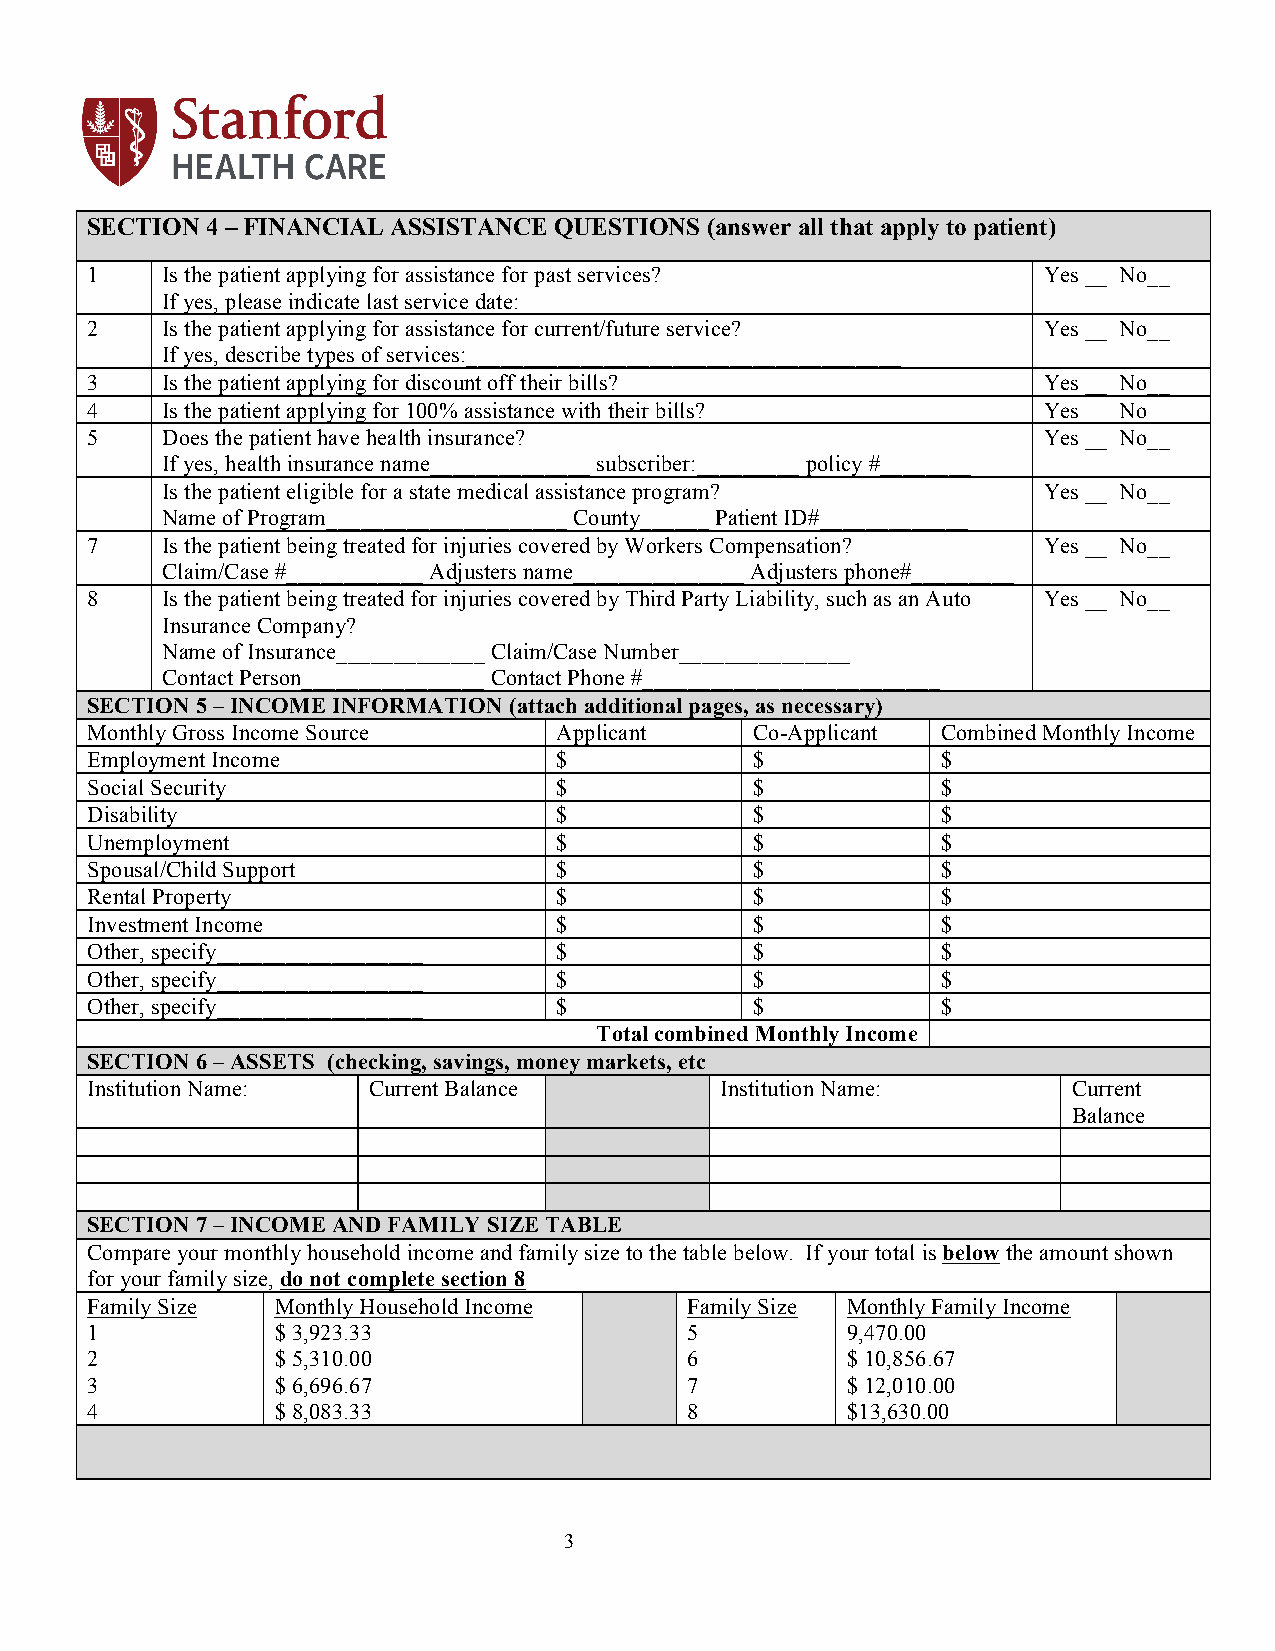
SECTION 4 – FINANCIAL ASSISTANCE QUESTIONS (answer all that apply to patient)
 1    Is the patient applying for assistance for past services? Yes __ No__
 If yes, please indicate last service date:______________________
 2    Is the patient applying for assistance for current/future service? Yes __ No__
 If yes, describe types of services:______________________________________
 3    Is the patient applying for discount off their bills?     Yes __ No__
 4    Is the patient applying for 100% assistance with their bills? Yes __ No__
 5    Does the patient have health insurance?                   Yes __ No__
 If yes, health insurance name______________ subscriber:_________ policy #________
 Is the patient eligible for a state medical assistance program? Yes __ No__
 Name of Program_____________________ County______ Patient ID#_____________
 7    Is the patient being treated for injuries covered by Workers Compensation? Yes __ No__
 Claim/Case #____________ Adjusters name_______________ Adjusters phone#_________
 8    Is the patient being treated for injuries covered by Third Party Liability, such as an Auto Yes __ No__
 Insurance Company?
 Name of Insurance_____________ Claim/Case Number_______________
 Contact Person________________ Contact Phone #__________________________
 SECTION 5 – INCOME INFORMATION (attach additional pages, as necessary)
 Monthly Gross Income Source    Applicant    Co-Applicant Combined Monthly Income
 Employment Income              $            $           $
 Social Security                $            $           $
 Disability                     $            $           $
 Unemployment                   $            $           $
 Spousal/Child Support          $            $           $
 Rental Property                $            $           $
 Investment Income              $            $           $
 Other, specify__________________ $          $           $
 Other, specify__________________ $          $           $
 Other, specify__________________ $          $           $
 Total combined Monthly Income
 SECTION 6 – ASSETS (checking, savings, money markets, etc
 Institution Name: Current Balance         Institution Name:      Current
 Balance
 SECTION 7 – INCOME AND FAMILY SIZE TABLE
 Compare your monthly household income and family size to the table below. If your total is below the amount shown
 for your family size, do not complete section 8
 Family Size Monthly Household Income   Family Size Monthly Family Income
 1           $ 3,923.33                 5          9,470.00
 2           $ 5,310.00                 6          $ 10,856.67
 3           $ 6,696.67                 7          $ 12,010.00
 4           $ 8,083.33                 8          $13,630.00
 3